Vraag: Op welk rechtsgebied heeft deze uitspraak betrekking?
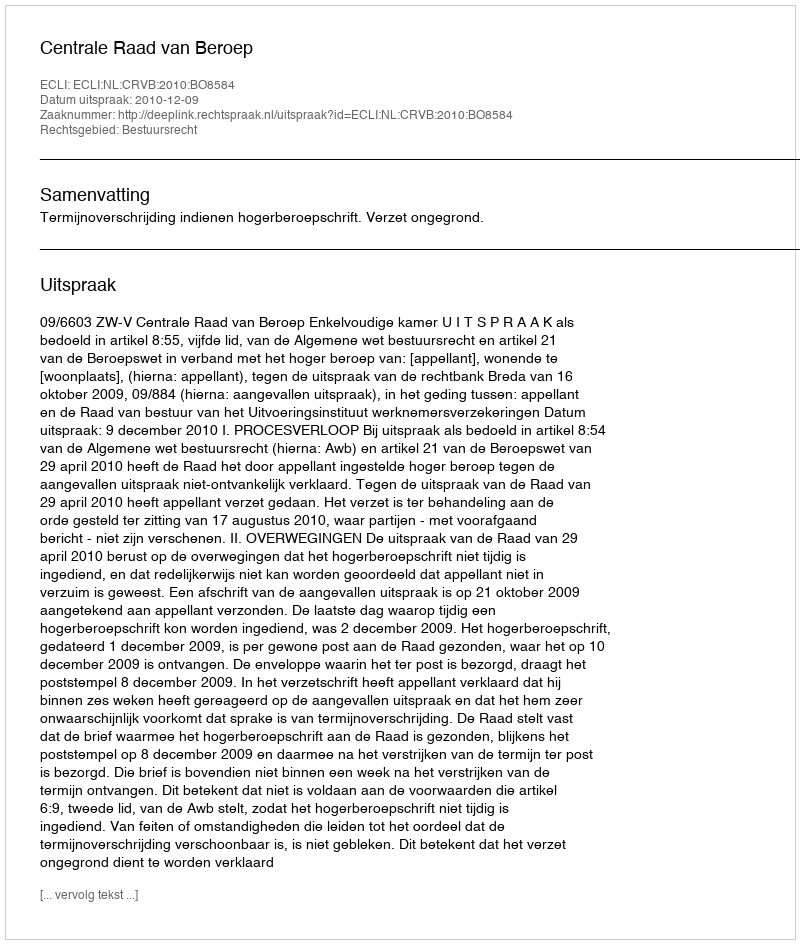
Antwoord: Bestuursrecht